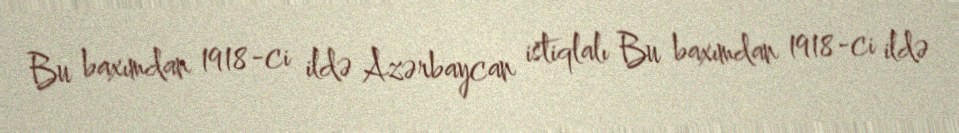
Bu baxımdan 1918-ci ildə Azərbaycan istiqlalı Bu baxımdan 1918-ci ildə